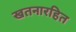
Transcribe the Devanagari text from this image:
खतनारहित